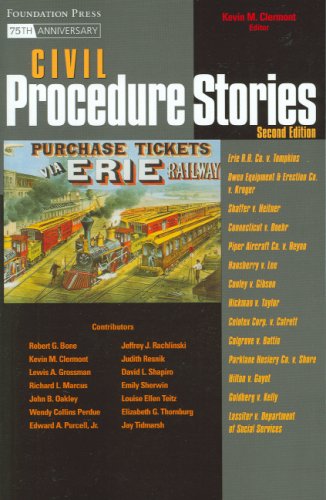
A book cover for Civil Procedure Stories (Law Stories); Kevin Clermont; Law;